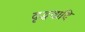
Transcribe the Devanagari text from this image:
वृद्धवादि